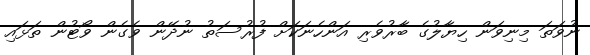
ނުވަތަ މިނިވަން ހިޔާލުގެ ބާރުވެރި އަންހެނަކަށް ފުރުސަތު ނުދޭން ވެގެން ވޯޓުން ތަޅައި